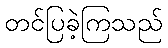
တင်ပြခဲ့ကြသည်